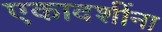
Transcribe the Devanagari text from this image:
एकादशींना